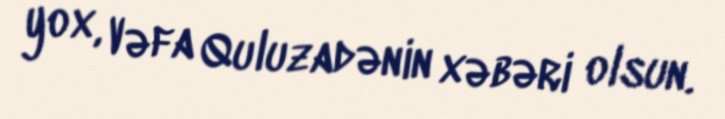
yox, Vəfa Quluzadənin xəbəri olsun.